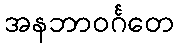
အနဘာဝင်္ဂတေ